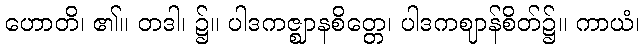
ဟောတိ၊ ၏။ တဒါ၊ ၌။ ပါဒကဇ္ဈာနစိတ္တေ၊ ပါဒကဈာန်စိတ်၌။ ကာယံ၊